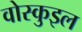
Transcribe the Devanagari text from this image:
वोस्कुइल